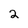
Character: 2